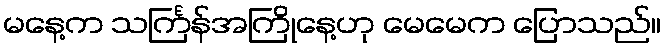
မနေ့က သင်္ကြန်အကြိုနေ့ဟု မေမေက ပြောသည်။